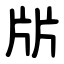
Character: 㸞